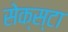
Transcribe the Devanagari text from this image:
सेक्स्टा